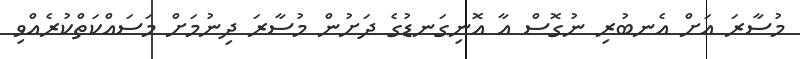
މުސާރަ އަށް އެނބުރި ނުގޮސް އާ އޮނިގަނޑުގެ ދަށުން މުސާރަ ދިނުމަށް މަސައްކަތްކުރެއްވި